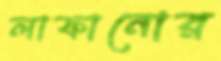
লাফানোর